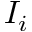
I _ { i }